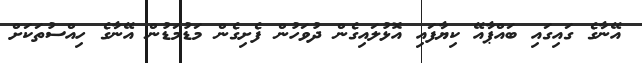
އޭނާގެ ގައިގައި ބައްޕާއޭ ކިޔާފައި އޮޅުލައިގެން ދުވަހުން ފެށިގެން މަޑުމަޑުން އޭނާގެ ހިއްސުތަކަށް